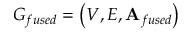
G _ { f u s e d } = \left( V , E , \mathbf { A } _ { f u s e d } \right)